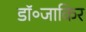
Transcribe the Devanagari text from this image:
डॉ॰जाकिर